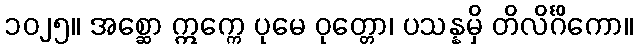
၁၀၂၅။ အစ္ဆော ဣက္ကေ ပုမေ ဝုတ္တော၊ ပသန္နမှိ တိလိင်္ဂိကော။